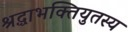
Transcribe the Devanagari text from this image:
श्रद्धाभक्तियुतस्य